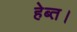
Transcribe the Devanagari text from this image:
हेब्त।